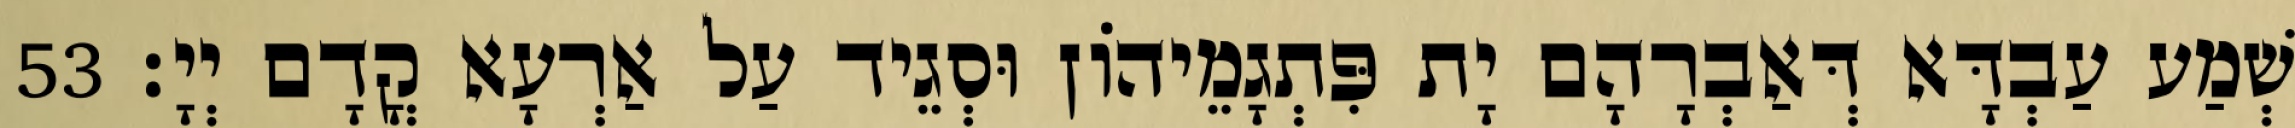
שְׁמַע עַבְדָּא דְּאַבְרָהָם יָת פִּתְגָמֵיהוֹן וּסְגֵיד עַל אַרְעָא קֳדָם יְיָ׃ 53